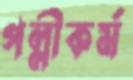
পল্লীকর্ম